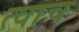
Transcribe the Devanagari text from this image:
त्वाच